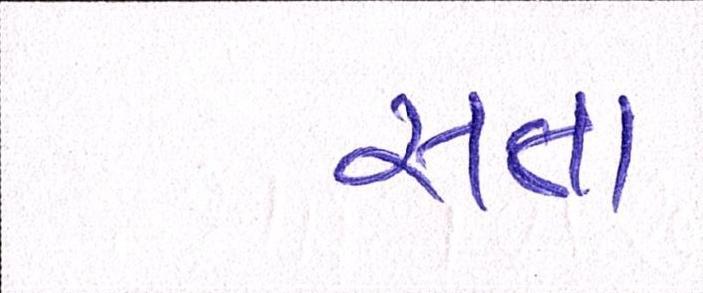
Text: સત્તા